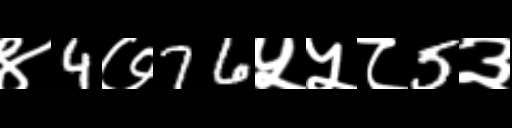
Text: ४4७76५५८5३